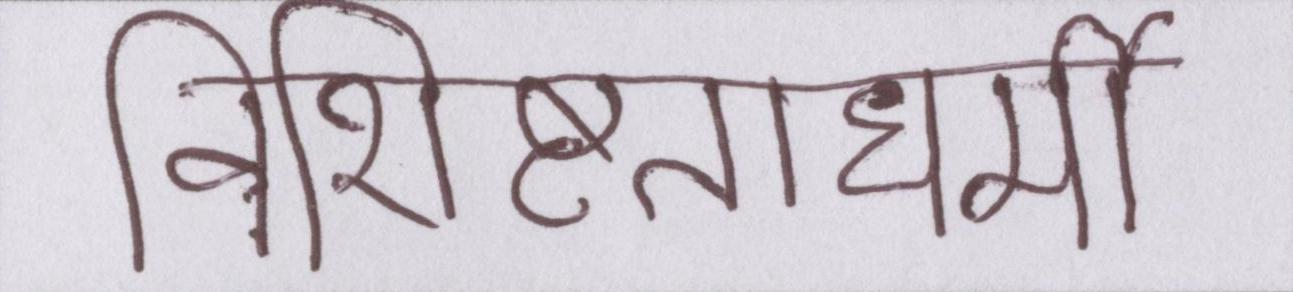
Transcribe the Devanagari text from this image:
विशिष्टताधर्मी